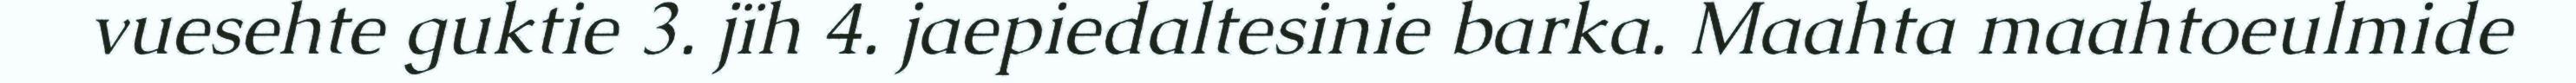
vuesehte guktie 3. jïh 4. jaepiedaltesinie barka. Maahta maahtoeulmide